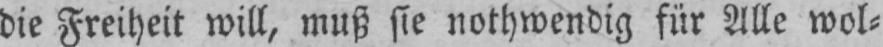
die Freiheit will, muß sie nothwendig für Alle wol⸗